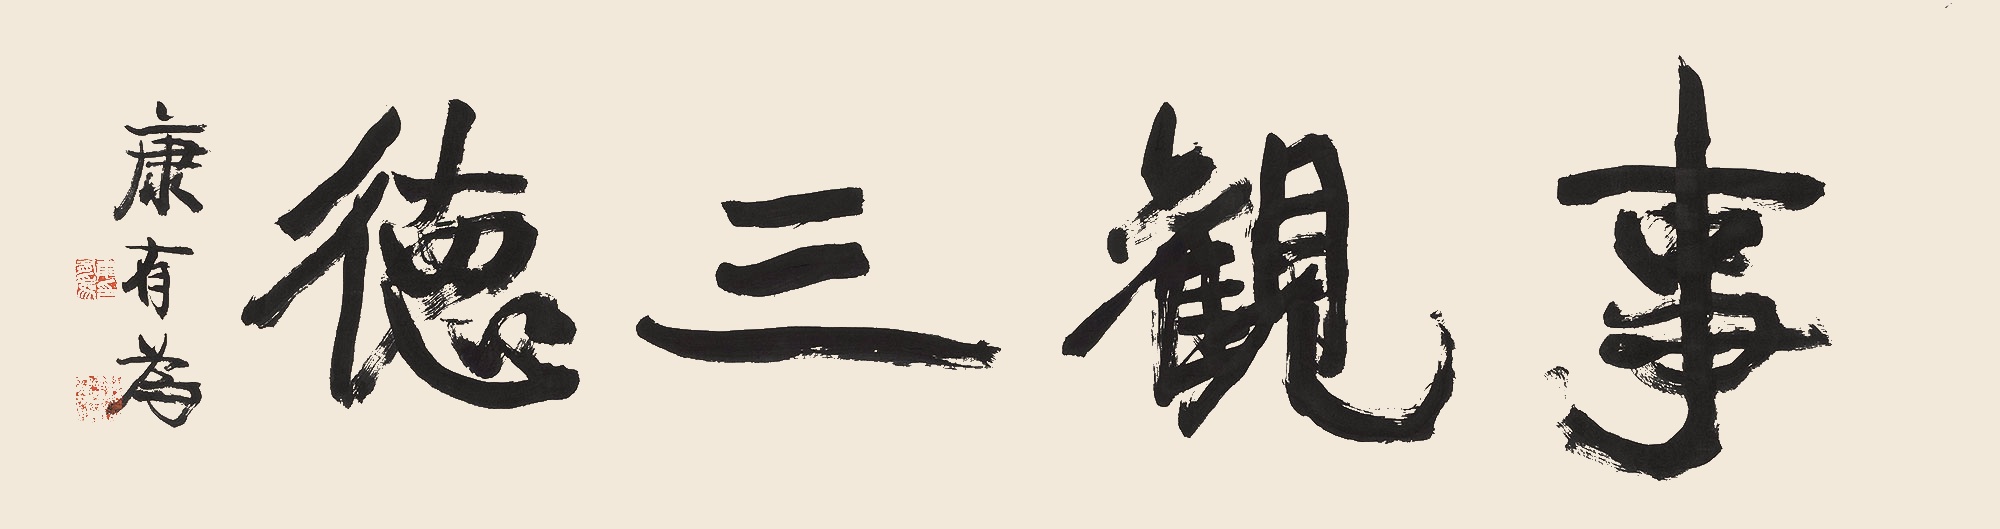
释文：事观三德康有为。